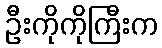
ဦးကိုကိုကြီးက